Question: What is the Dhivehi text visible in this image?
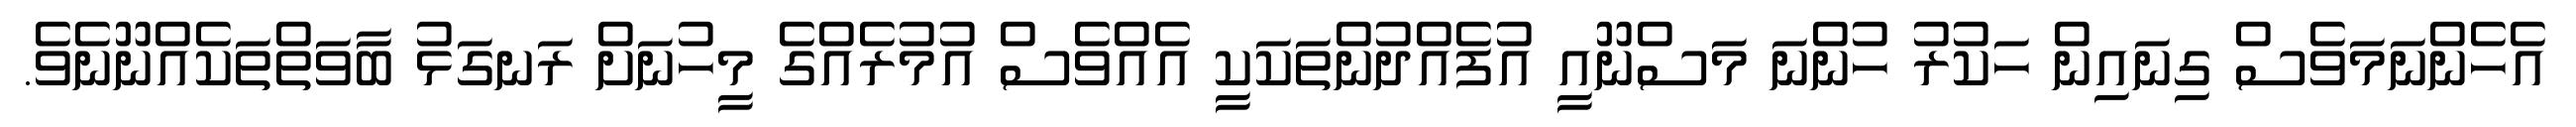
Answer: އެހެންނަމަވެސް ގިނައިން ހަކުރު ހުންނަ މަސްނޫއީ އުފެއްދުންތަކަކީ އެއްވެސް އުމުރެއްގެ މީހުނަށް ރަނގަޅު ބާވަތްތަކެއްނޫނެވެ.